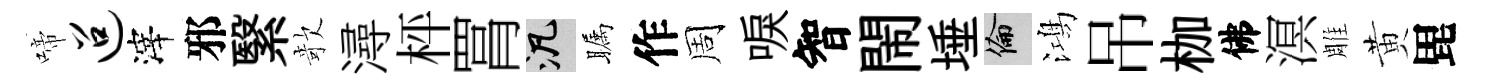
啼迢滓邪繄欹潯枰罥泛瞩作周唳智閙埵倫鴻吊枷佛溟雕黄毘